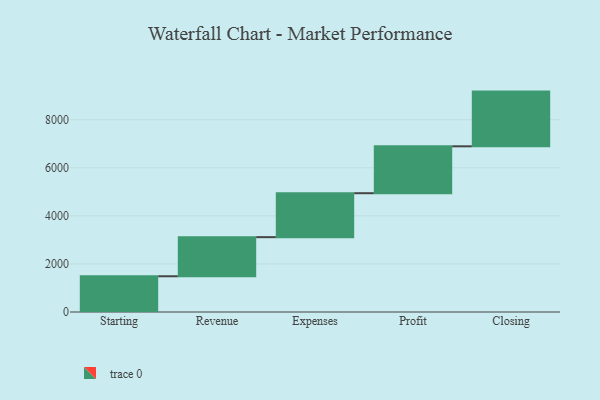
{"axis": {"x": "Step", "y": "Value"}, "legend": [""], "data": [{"x": "Starting", "y": 1487.0, "type": ""}, {"x": "Revenue", "y": 1628.0, "type": ""}, {"x": "Expenses", "y": 1829.0, "type": ""}, {"x": "Profit", "y": 1952.0, "type": ""}, {"x": "Closing", "y": 2277.0, "type": ""}]}